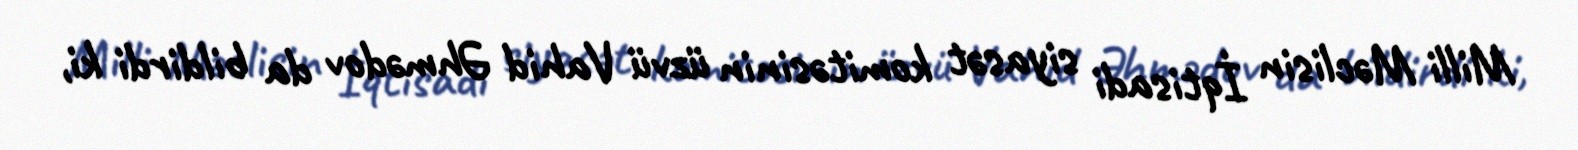
Milli Məclisin İqtisadi siyasət komitəsinin üzvü Vahid Əhmədov da bildirdi ki,